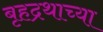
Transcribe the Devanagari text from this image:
बृहद्रथाच्या